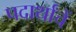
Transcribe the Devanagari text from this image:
पदार्थांचें